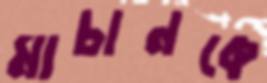
মাচানকে